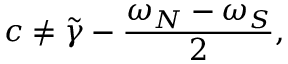
c \neq \widetilde { \gamma } - \frac { \omega _ { N } - \omega _ { S } } { 2 } ,